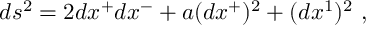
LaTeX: d s ^ { 2 } = 2 d x ^ { + } d x ^ { - } + a ( d x ^ { + } ) ^ { 2 } + ( d x ^ { 1 } ) ^ { 2 } ~ ,